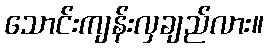
သောင်းကျန်းလှချည်လား။